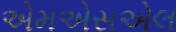
એમએસએલ